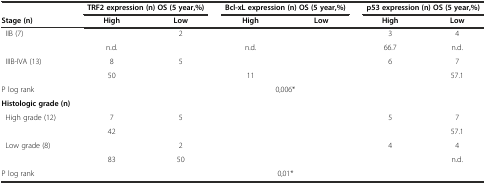
<table><thead><tr><td>[EMPTY_CELL]</td><td colspan="2"><b>TRF2 expression (n) OS (5 year,%)</b></td><td colspan="2"><b>Bcl-xL expression (n) OS (5 year,%)</b></td><td colspan="2"><b>p53 expression (n) OS (5 year,%)</b></td></tr><tr><td><b>Stage (n)</b></td><td><b>High</b></td><td><b>Low</b></td><td><b>High</b></td><td><b>Low</b></td><td><b>High</b></td><td><b>Low</b></td></tr></thead><tbody><tr><td rowspan="2"> IIB (7)</td><td>[EMPTY_CELL]</td><td>2</td><td>[EMPTY_CELL]</td><td>[EMPTY_CELL]</td><td>3</td><td>4</td></tr><tr><td>n.d.</td><td>[EMPTY_CELL]</td><td>n.d.</td><td>[EMPTY_CELL]</td><td>66.7</td><td>n.d.</td></tr><tr><td rowspan="2"> IIIB-IVA (13)</td><td>8</td><td>5</td><td>[EMPTY_CELL]</td><td>[EMPTY_CELL]</td><td>6</td><td>7</td></tr><tr><td>50</td><td>[EMPTY_CELL]</td><td>11</td><td>[EMPTY_CELL]</td><td>[EMPTY_CELL]</td><td>57.1</td></tr><tr><td>P log rank</td><td colspan="2">[EMPTY_CELL]</td><td colspan="2">0,006*</td><td colspan="2">[EMPTY_CELL]</td></tr><tr><td><b>Histologic grade (n)</b></td><td>[EMPTY_CELL]</td><td>[EMPTY_CELL]</td><td>[EMPTY_CELL]</td><td>[EMPTY_CELL]</td><td>[EMPTY_CELL]</td><td>[EMPTY_CELL]</td></tr><tr><td rowspan="2"> High grade (12)</td><td>7</td><td>5</td><td>[EMPTY_CELL]</td><td>[EMPTY_CELL]</td><td>5</td><td>7</td></tr><tr><td>42</td><td>[EMPTY_CELL]</td><td>[EMPTY_CELL]</td><td>[EMPTY_CELL]</td><td>[EMPTY_CELL]</td><td>57.1</td></tr><tr><td rowspan="2"> Low grade (8)</td><td>[EMPTY_CELL]</td><td>2</td><td>[EMPTY_CELL]</td><td>[EMPTY_CELL]</td><td>4</td><td>4</td></tr><tr><td>83</td><td>50</td><td>[EMPTY_CELL]</td><td>[EMPTY_CELL]</td><td>[EMPTY_CELL]</td><td>n.d.</td></tr><tr><td>P log rank</td><td colspan="2">[EMPTY_CELL]</td><td colspan="2">0,01*</td><td colspan="2">[EMPTY_CELL]</td></tr></tbody></table>